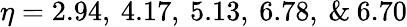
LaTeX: \eta=2.94,\: 4.17,\: 5.13,\: 6.78,\: \& \: 6.70